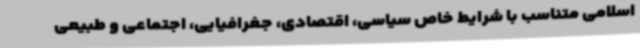
اسلامی متناسب با شرایط خاص سیاسی، اقتصادی، جغرافیایی، اجتماعی و طبیعی